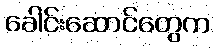
ခေါင်းဆောင်တွေက